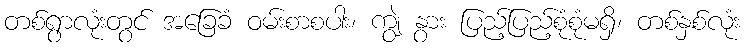
တစ်ရွာလုံးတွင် အခြေခံ ဝမ်းစာစပါး၊ ကျွဲ နွား ပြည့်ပြည့်စုံစုံမရှိ၊ တစ်နှစ်လုံး